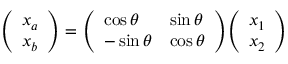
{ \left( \begin{array} { l } { x _ { a } } \\ { x _ { b } } \end{array} \right) } = { \left( \begin{array} { l l } { \cos \theta } & { \sin \theta } \\ { - \sin \theta } & { \cos \theta } \end{array} \right) } { \left( \begin{array} { l } { x _ { 1 } } \\ { x _ { 2 } } \end{array} \right) }